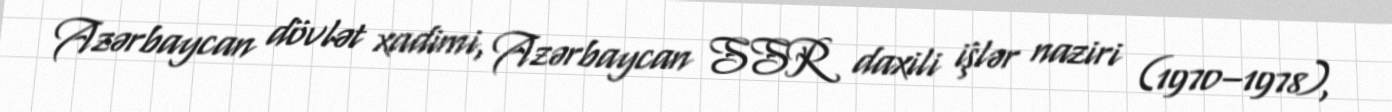
Azərbaycan dövlət xadimi, Azərbaycan SSR daxili i̇şlər naziri (1970–1978),